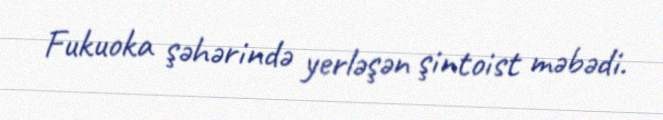
Fukuoka şəhərində yerləşən şintoist məbədi.